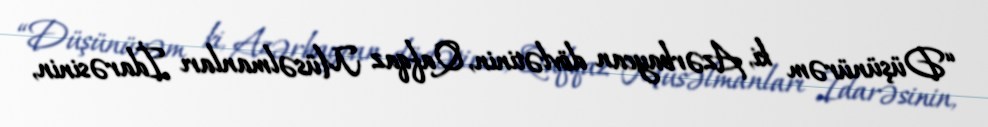
“Düşünürəm ki, Azərbaycan dövlətinin, Qafqaz Müsəlmanları İdarəsinin,